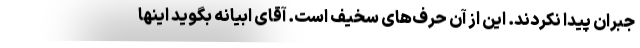
جبران پیدا نکردند. این از آن حرف‌های سخیف است. آقای ابیانه بگوید اینها